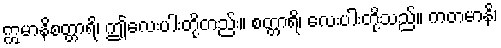
ဣမာနိစတ္တာရိ၊ ဤလေးပါးတို့တည်း။ စတ္တာရိ၊ လေးပါးတို့သည်။ ကတမာနိ၊